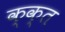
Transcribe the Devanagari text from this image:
क्क्त